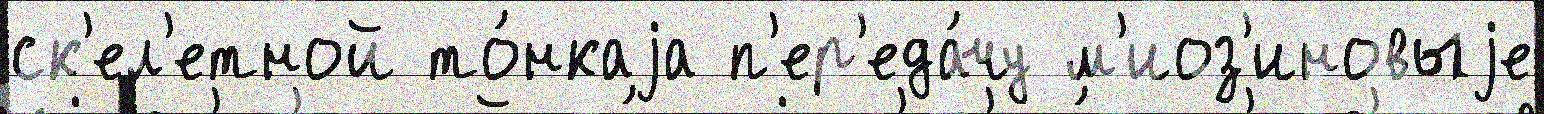
ск'ел'етной то́нкаjа п'ер'еда́чу м'иоз'иновыjе